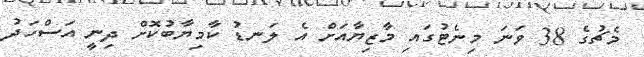
މެޗުގެ 38 ވަނަ މިނެޓުގައި މާޒިޔާއަށް އެ ލަނޑު ކާމިޔާބުކޮށް ދިނީ އަސްހަދު